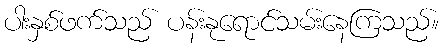
ပါးနှစ်ဖက်သည် ပန်းနုရောင်သမ်းနေကြသည်။